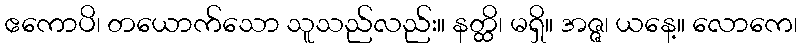
ဧကောပိ၊ တယောက်သော သူသည်လည်း။ နတ္ထိ၊ မရှိ။ အဇ္ဇ၊ ယနေ့။ လောကေ၊